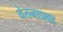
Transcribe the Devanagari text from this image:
चेतनाप्रवह